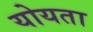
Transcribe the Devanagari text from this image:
योयता